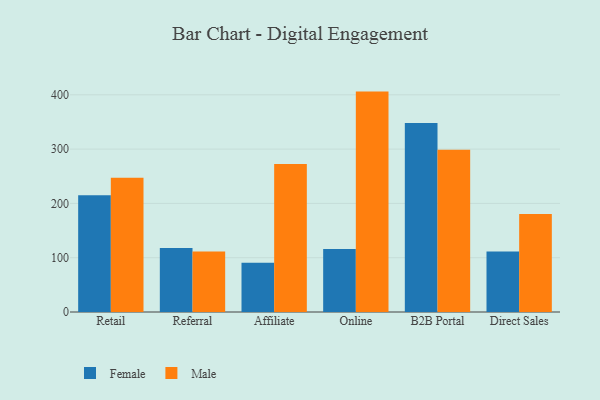
{"axis": {"x": "Channel", "y": "Energy Usage (MWh)"}, "legend": ["Female", "Male"], "data": [{"x": "Retail", "y": 214.9, "type": "Female"}, {"x": "Retail", "y": 247.1, "type": "Male"}, {"x": "Referral", "y": 118.0, "type": "Female"}, {"x": "Referral", "y": 111.2, "type": "Male"}, {"x": "Affiliate", "y": 90.5, "type": "Female"}, {"x": "Affiliate", "y": 272.4, "type": "Male"}, {"x": "Online", "y": 115.8, "type": "Female"}, {"x": "Online", "y": 405.9, "type": "Male"}, {"x": "B2B Portal", "y": 347.9, "type": "Female"}, {"x": "B2B Portal", "y": 298.6, "type": "Male"}, {"x": "Direct Sales", "y": 111.6, "type": "Female"}, {"x": "Direct Sales", "y": 180.7, "type": "Male"}]}